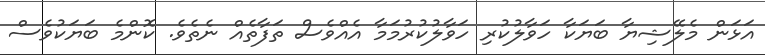
އަޅަން މެލޭޝިޔާ ބަޔަކާ ހަވާލުކުރި ހަވާލުކުރުމަމާ އެއްވެސް ތަފާތެއް ނެތެވެ. ކޮންމެ ބަޔަކުވެސް